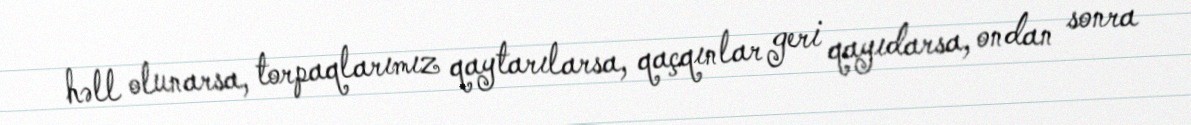
həll olunarsa, torpaqlarımız qaytarılarsa, qaçqınlar geri qayıdarsa, ondan sonra